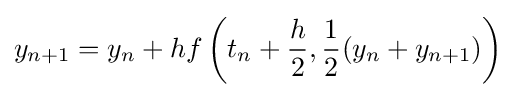
y_{n+1}=y_{n}+hf\left(t_{n}+{\frac {h}{2}},{\frac {1}{2}}(y_{n}+y_{n+1})\right)